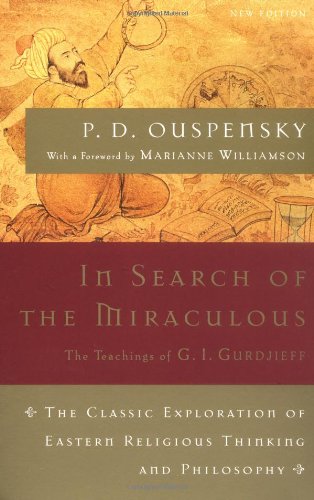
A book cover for In Search of the Miraculous (Harvest Book); P. D. Ouspensky; Politics & Social Sciences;